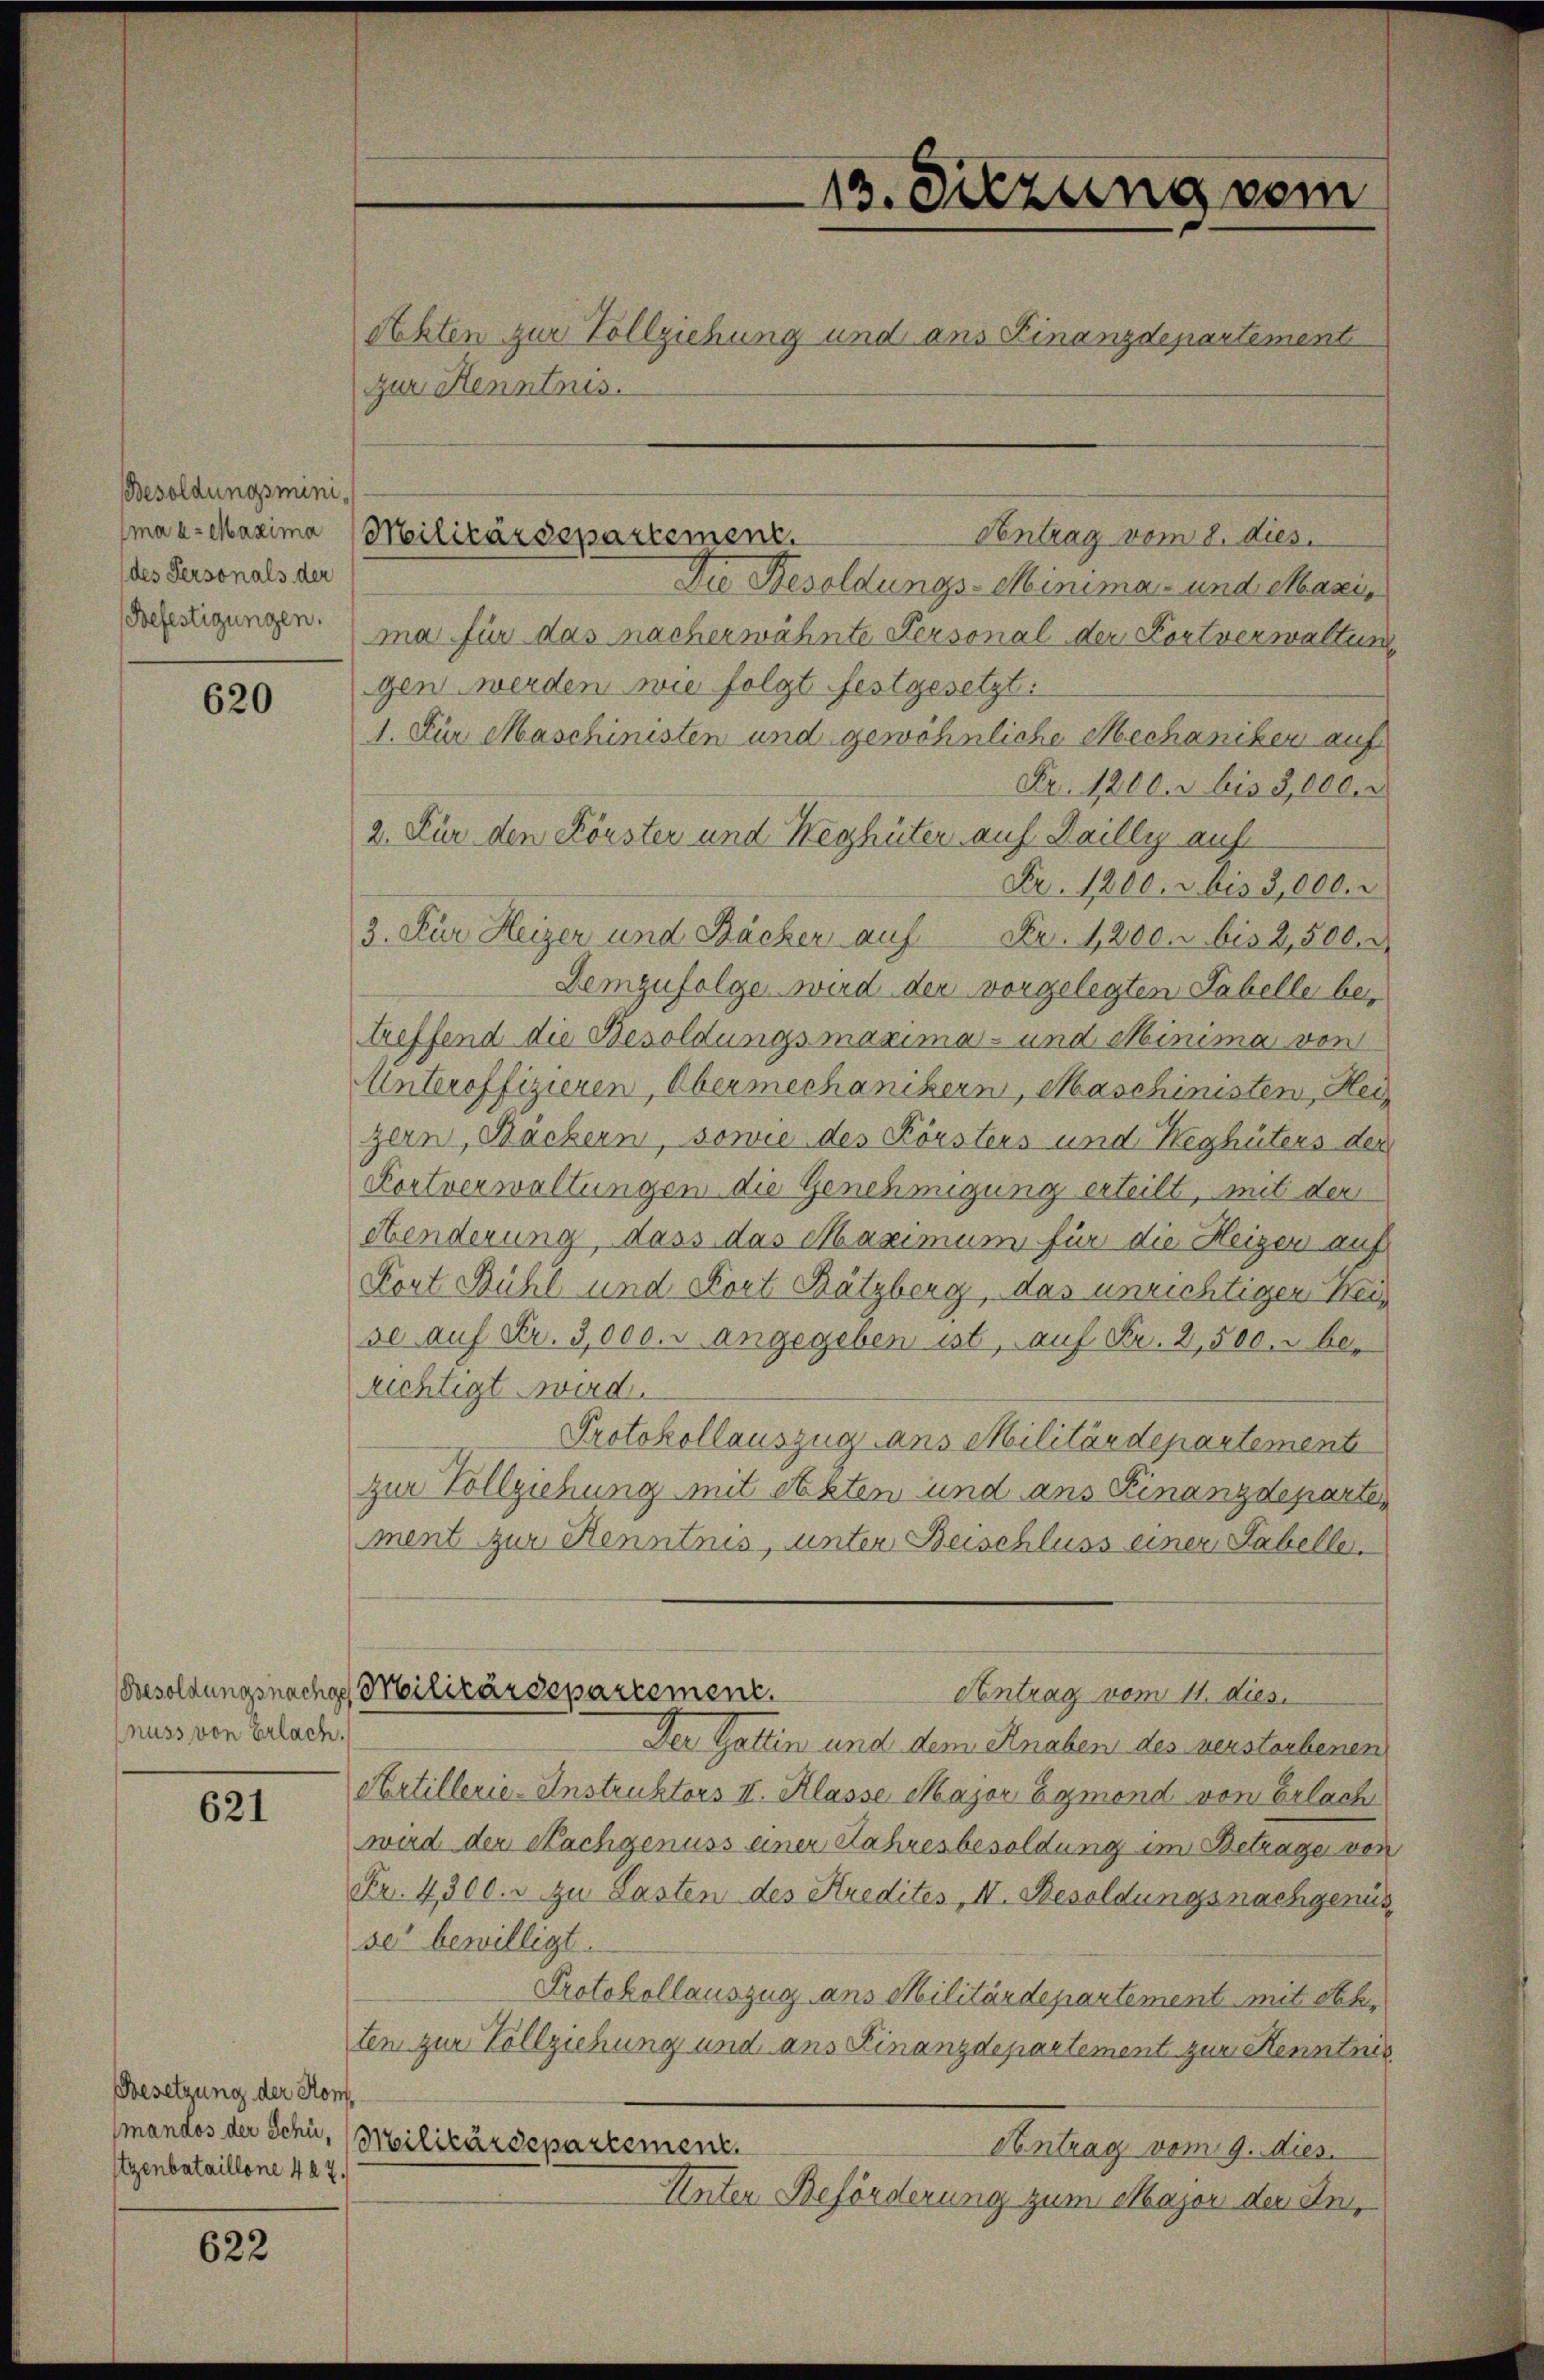
Besoldungsminides Personals der

620

Besoldungsnachge
nuss von Erlach.

621

Besetzung der Kom¬
(mandos der Schü¬
Stzenbataillone 427.

622

zur Kenntnis.

Die Besoldungs-Minima - und Maxis
dechtigungen. ma für das nacherwähnte Personal der Fortverwaltung
gen werden wie folgt festgesetzt:
1. Für Maschinisten und gewöhnliche Mechaniken auf
Fr. 1200. r bis 2,000.
2. Für den Körster und Weghüter auf Dailly auf
Nr. 1200. r. bis 3,000.
3. Für Heizer und Bäcker auf Fr. 1200. r bis 2,500.
Demzufolge wird der vorgelegten Tabelle betreffend die Besoldungsmaxima- und Minima von
Unteroffizieren, Obermechanikern, Maschinisten, Heizern, Bäckern, sowie des Körsters und Weghüters der
Kortverwaltungen die Genehmigung erteilt, mit der
Abenderung, dass das Maximum für die Heizer auf
Fort Bühl und Dort Kätzberg, das unrichtigen Heise auf Fr. 3,000. r angegeben ist, auf Fr. 2,500. berichtigt wird.
Protokollauszug ans Militärdepartement
Zur Vollziehung mit Akten und ans Finanzdeparten
ment zur Kenntnis, unter Beischluss einer Fabeller,
Corbilitärdepartement.
Antrag vom 11. dies
Der Gattin und dem Knaben des verstorbenen
Artillerie-Instruktors II. Klasse Major Egmond von Erlach
wird der Nachgenuss einer Jahresbesoldung im Betrage von
Fr. 4300. u zu Lasten des Kredites II. Besoldungsnachgenus
se“ bewilligt.
Protokollauszug aus Militärdepartement mit Ach,
ten zur Vollziehung und ans Finanzdepartement zur Kenntnis
Militärdepartement.
Antrag vom 9. dies
Unter Beförderung zum Major der In¬

maa- Maxima (Militärdepartement.

13. Sitzung vom
Akten zur Vollziehung und ans Finanzdepartement

Antrag vom 8. dies.